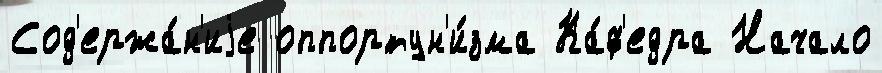
Сод'ержа́н'иjе оппортун'и́зма Ка́ф'едра Начало